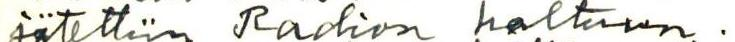
jätettiin Radion haltuun.